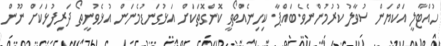
ހުއްޓާލީ އަކްޔަން ސުވާލު ކުރުމުންނެވެ.ބައްޕާ. ކިހިނެއްތޯވީ ކޮންގޮތަކަށް އަޅުގަނޑުމެނަން އުޅެވުނީތޯ ދަރިފުޅަކަށް ނޫން